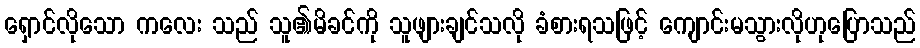
ရှောင်လိုသော ကလေး သည် သူ၏မိခင်ကို သူဖျားချင်သလို ခံစားရသဖြင့် ကျောင်းမသွားလိုဟုပြောသည်